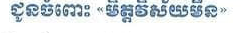
ជូនចំពោះ <<មិត្តវិស័យមិន>>